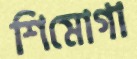
শিমোগা